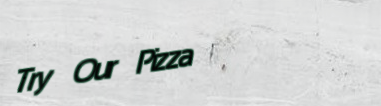
Try Our Pizza